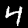
Label: 4